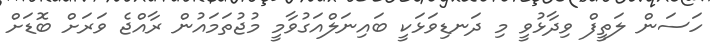
ހަސަން ލަތީފް ވިދާޅުވީ މި ދަނޑިވަޅަކީ ބައިނަލްއަގުވާމީ މުޖުތަމައުން ރާއްޖެ ވަރަށް ބޮޑަށް